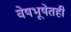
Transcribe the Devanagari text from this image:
वेषभूषेतही